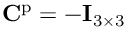
\mathbf { C } ^ { \mathrm { p } } = - \mathbf { I } _ { 3 \times 3 }